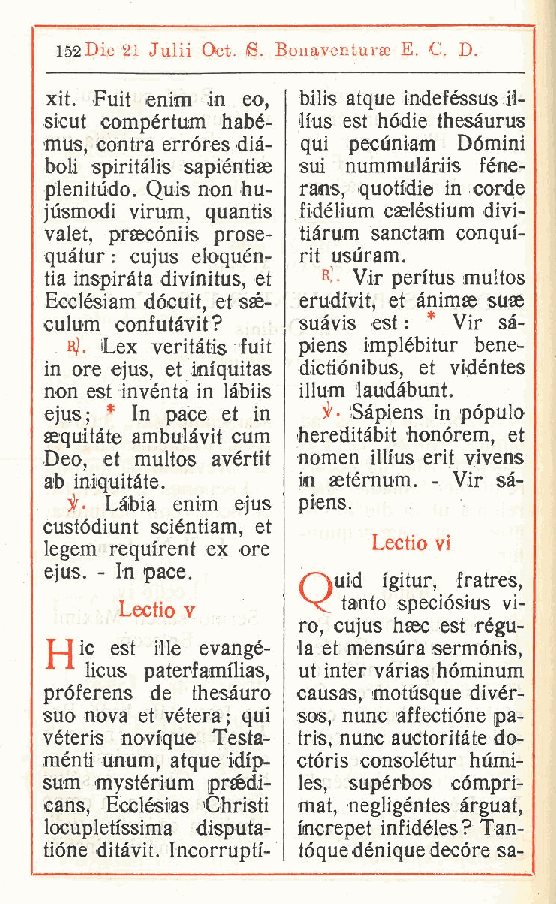
152Die 21 Juiii Oct. S. Bonaventuise E. C. D.
 xit. Fuit enim in eo bilis atque indeféssus il-
 ,
 sicut compértum habé- Ihó est hódie thesaurus
 mus centra erróres dià- qui pecùniam Dòmini
 ,
 boli spiritàlis sapiéntiae sui nummulàiis féne-
 plenitùdo. Quis non hu- rans, quotfdi© in corde
 jùsmodi virum, quantis fidélium casléstium divi-
 valet, praecóniis prose- tiarum sanctam conqui-
 quàtur : cujus eloquen- rit usuram.
 tia inspirata divfnitus, et K Vir peritus multos
 .
 Ecclésiam dócuit et sse- erudivit, et ànimae suae
 culum confutàvit, ? suàvis est : * Vir sà-
 h). Lex veritàtis fuit piens implébitur bene-
 in ore ejus et Mquitas dictiónibus, et vidéntes
 ,
 non est invénta in làbiis illuni laudàbunt.
 ejus; * In pace et in Sapiens in pópulo
 sequitàe ambulàvit cum hereditabit honòrem, et
 Deo, et multos avértit nomen illius erit vivens
 ab iniquitàte.   in aetérnum. - Vir sa-
 in- Làbia enim ejus piens.
 custódiunt sciéntiam, et
 Lectio vi
 legem requirent ex ore
 ejus. - In pace.
 C uid igitur, fratres,
 Lectio v       tanto speciósius vi-
 ro, cujus hsec est régu-
 TJic est ille evangé- la et mensùra sermònis,
 1- -1 licus paterfamilias, ut inter vàrias hòminum
 próferens de thesauro causas, motusque divér-
 suo nova et vétera; qui sos, nunc affectiòne pa-
 véteris novique Testa- tris, nunc auctoritàte do-
 ménti unum atque idi'p- ctòris consolétur humi-
 ,
 sum mystérium prsedi- les, supérbos còmpri-
 cans, Ecclésias Christi mat, negligéntes àrguat,
 locupletissima disputa- increpet infidéles? Tan-
 tióne ditàvit. Incorrupti- tòque dénique decóre sa-
 t
 t
 r